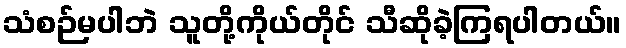
သံစဉ်မပါဘဲ သူတို့ကိုယ်တိုင် သီဆိုခဲ့ကြရပါတယ်။